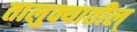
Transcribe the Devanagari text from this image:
तालुक्यातील्